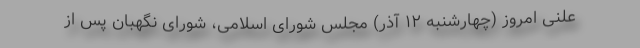
علنی امروز (چهارشنبه ۱۲ آذر) مجلس شورای اسلامی، شورای نگهبان پس از